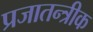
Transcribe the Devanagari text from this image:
प्रजातन्त्रीक